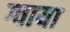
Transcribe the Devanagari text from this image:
ग्वाया